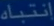
اتبیانه